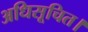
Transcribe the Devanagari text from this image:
अधिसूचित।